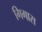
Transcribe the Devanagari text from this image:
गिगास